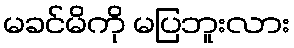
မခင်မိကို မပြဘူးလား